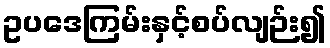
ဥပဒေကြမ်းနှင့်စပ်လျဉ်း၍